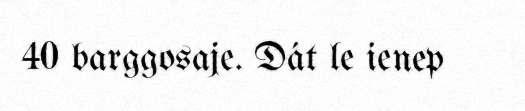
40 barggosaje. Dát le ienep